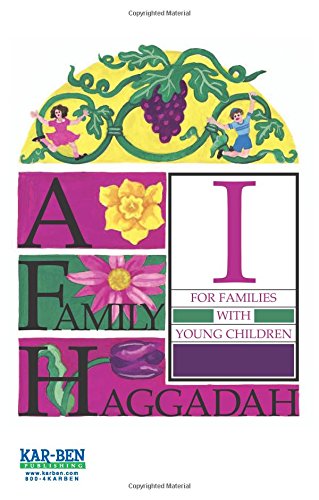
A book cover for A Family Haggadah; Shoshana Silberman; Children's Books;